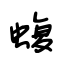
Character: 蝮